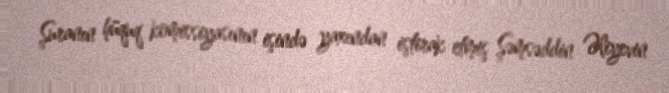
Şuranın hüquq komissiyasının işində yaxından iştirak etmiş Şəmsəddin Əliyevin